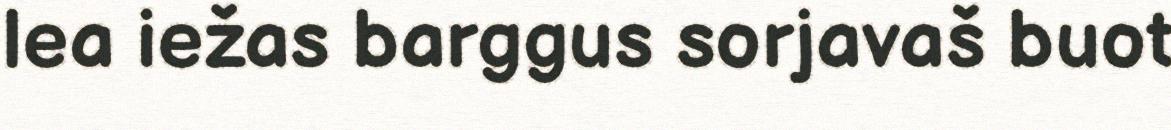
lea iežas barggus sorjavaš buot